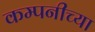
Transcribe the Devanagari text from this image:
कम्पनीच्या